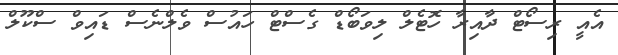
އެއީ ރިސޯޓް ދާއިރާ ހޮޓެލް ލިވަބޯޑް ގެސްޓް ހައުސް ވެލްނެސް ޑައިވް ސްކޫލް